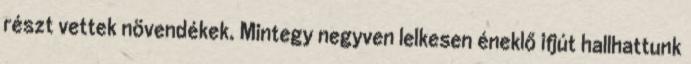
részt vettek növendékek. Mintegy negyven lelkesen éneklő ifjút hallhattunk